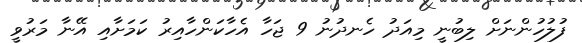
ފުލުހުންނަށް ލިބުނީ މިއަދު ހެނދުނު 9 ޖަހާ އެހާކަންހާއިރު ކަމަށާއި އޭނާ މަރުވީ